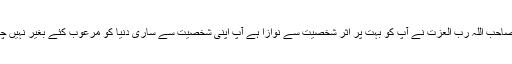
وزیر اعظم صاحب اللہ رب العزت نے آپ کو بہت پر اثر شخصیت سے نوازا ہے آپ اپنی شخصیت سے ساری دنیا کو مرعوب کئے بغیر نہیں چھوڑ سکتے ۔